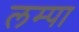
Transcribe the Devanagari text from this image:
लम्पा